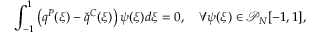
\int _ { - 1 } ^ { 1 } \left( q ^ { P } ( \xi ) - \check { q } ^ { C } ( \xi ) \right) \psi ( \xi ) d \xi = 0 , \quad \forall \psi ( \xi ) \in \mathcal { P } _ { N } [ - 1 , 1 ] ,